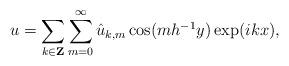
LaTeX: \begin{align*}u=\sum_{k\in {\bf Z}} \sum_{m=0}^{\infty} \hat u_{k, m} \cos (mh^{-1} y) \exp(i kx), \end{align*}